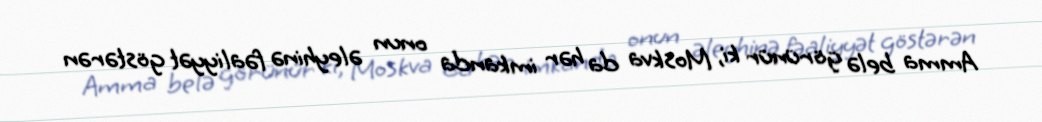
Amma belə görünür ki, Moskva da hər imkanda onun əleyhinə fəaliyyət göstərən